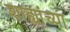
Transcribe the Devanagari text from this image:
शाह्यांच्या